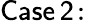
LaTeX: \mathsf{Case\, 2\! :}